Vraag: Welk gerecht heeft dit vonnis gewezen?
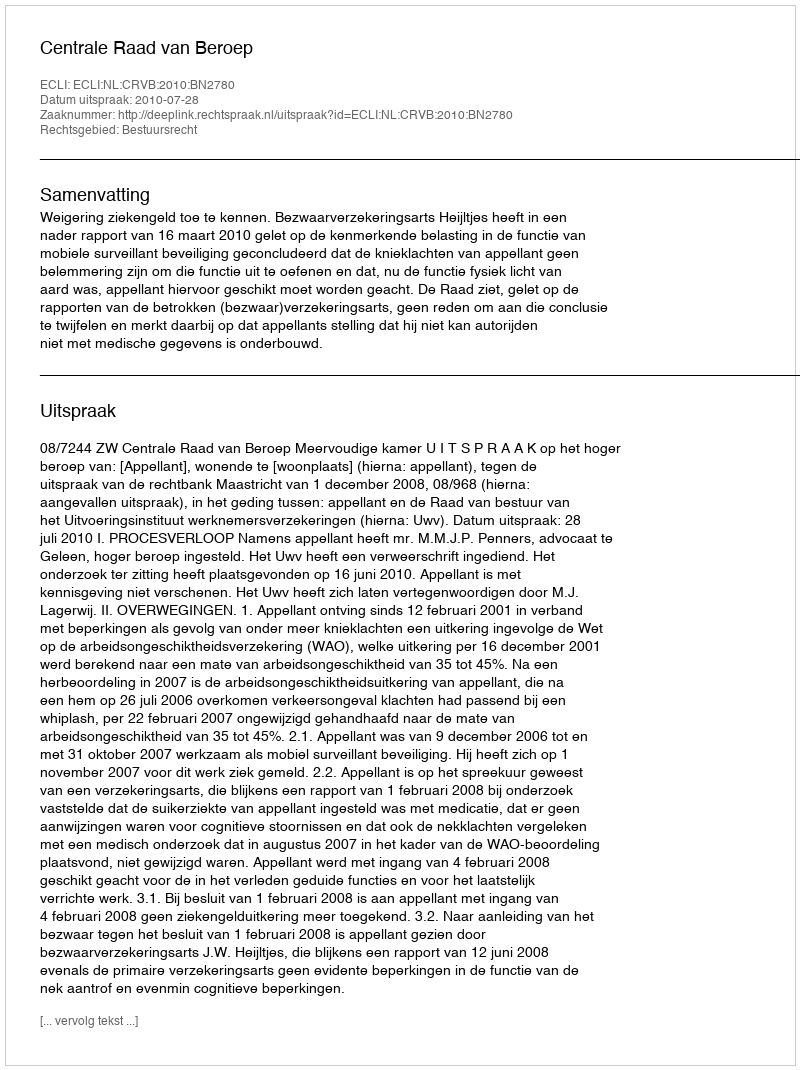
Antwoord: Centrale Raad van Beroep